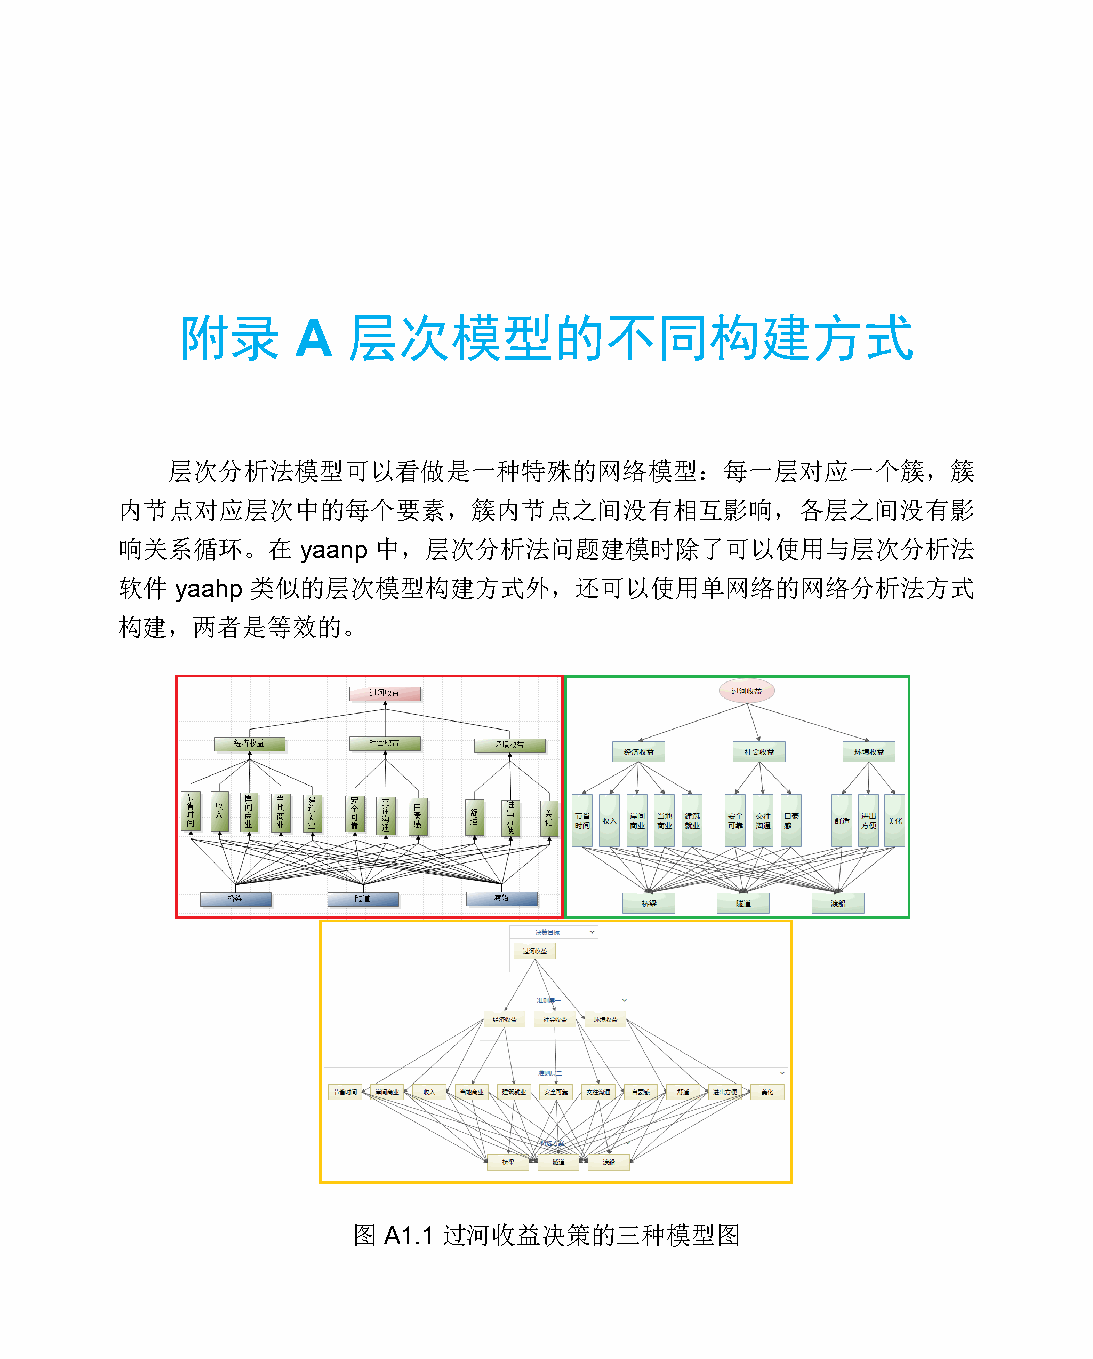
附录      A  层次模型的不同构建方式
 层次分析法模型可以看做是一种特殊的网络模型：每一层对应一个簇，簇
 内节点对应层次中的每个要素，簇内节点之间没有相互影响，各层之间没有影
 响关系循环。在     yaanp 中，层次分析法问题建模时除了可以使用与层次分析法
 软件  yaahp 类似的层次模型构建方式外，还可以使用单网络的网络分析法方式
 构建，两者是等效的。
 图 A1.1 过河收益决策的三种模型图